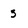
Character: 5